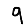
Digit: 9